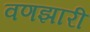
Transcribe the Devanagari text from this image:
वणझारी